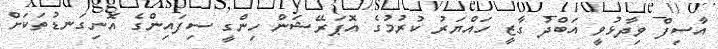
އާސިފް ވިދާޅުވީ އަބްދު ގާޒީ ހައްޔަރު ކުރުމުގެ އޮޕަރޭޝަން ހިންގީ ސިފައިންގެ އޮނިގަނޑުތަކަށް